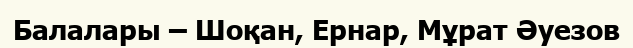
Балалары – Шоқан, Ернар, Мұрат Әуезов